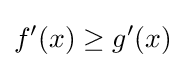
f'(x)\geq g'(x)